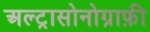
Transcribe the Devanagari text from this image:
अल्ट्रासोनोग्राफ़ी